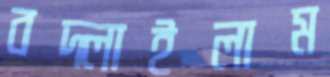
বদ্‌লাইলাম